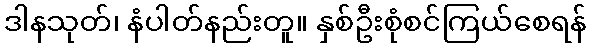
ဒါနသုတ်၊ နံပါတ်နည်းတူ။ နှစ်ဦးစုံစင်ကြယ်စေရန်